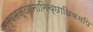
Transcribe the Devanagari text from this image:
स्त्वमज्ञानामिच्छाधिकमपि